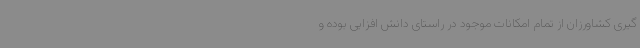
گیری کشاورزان از تمام امکانات موجود در راستای دانش افزایی بوده و